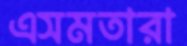
এসমতারা